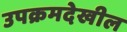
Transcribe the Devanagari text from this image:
उपक्रमदेखील